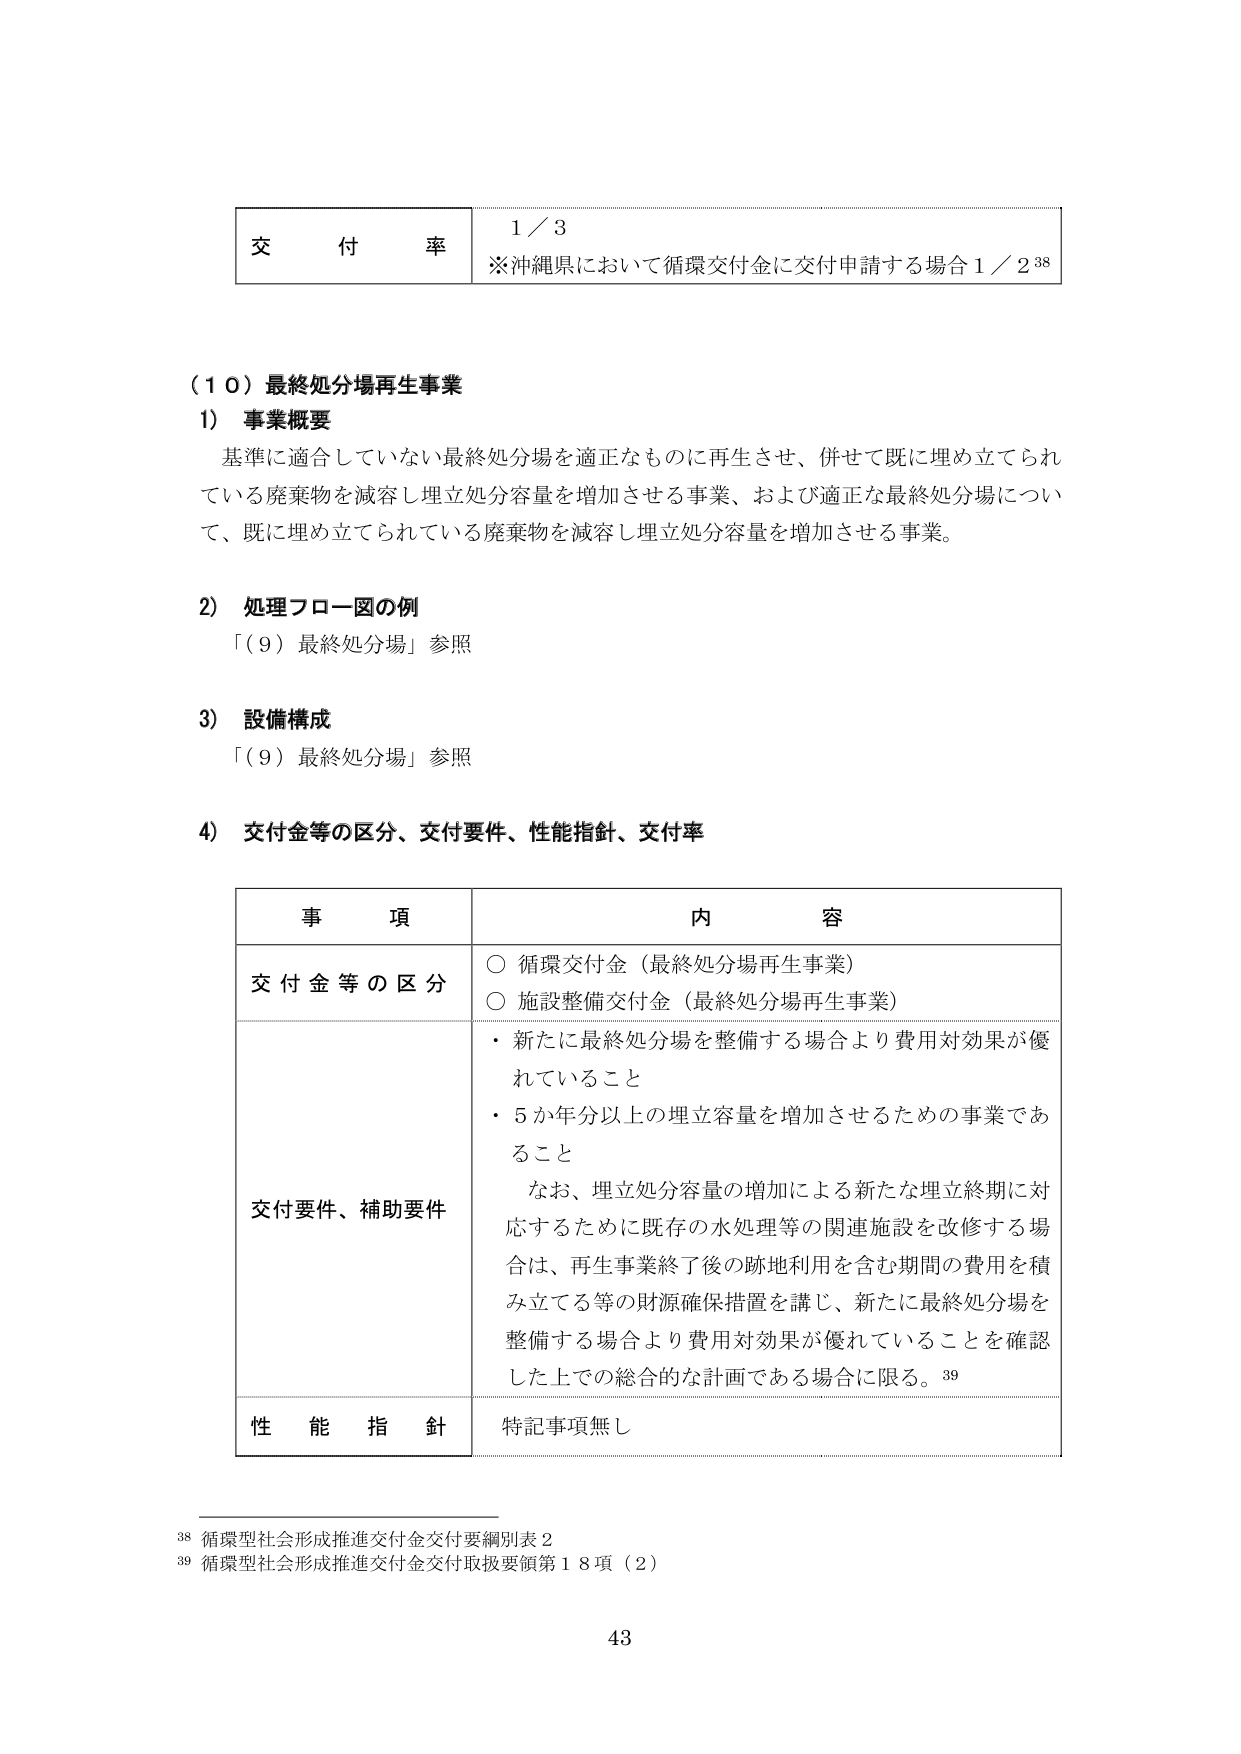
交 付 率 1／3
※沖縄県において循環交付金に交付申請する場合 1／2³⁸

（１０）最終処分場再生事業
1）事業概要
基準に適合していない最終処分場を適正なものに再生させ、併せて既に埋め立てられている廃棄物を減容し埋立処分容量を増加させる事業、および適正な最終処分場について、既に埋め立てられている廃棄物を減容し埋立処分容量を増加させる事業。

2）処理フロー図の例
「（９）最終処分場」参照

3）設備構成
「（９）最終処分場」参照

4）交付金等の区分、交付要件、性能指針、交付率

事 項 内 容
交付金等の区分
○ 循環交付金（最終処分場再生事業）
○ 施設整備交付金（最終処分場再生事業）

交付要件、補助要件
・新たに最終処分場を整備する場合より費用対効果が優れていること
・5か年分以上の埋立容量を増加させるための事業であること
　なお、埋立処分容量の増加による新たな埋立終期に対応するために既存の水処理等の関連施設を改修する場合は、再生事業終了後の跡地利用を含む期間の費用を積み立てる等の財源確保措置を講じ、新たに最終処分場を整備する場合より費用対効果が優れていることを確認した上での総合的な計画である場合に限る。³⁹

性能指針
特記事項無し

³⁸ 循環型社会形成推進交付金交付要綱別表２
³⁹ 循環型社会形成推進交付金交付取扱要領第１８項（２）

43